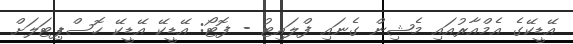
އޭޑީކޭގެ އެމްއާރުއައި މެޝިން ގެނައި ފްލައިޓު - ފޮޓޯ: އޭޑީކޭ އޭޑީކޭ ހޮސްޕިޓަލަށް